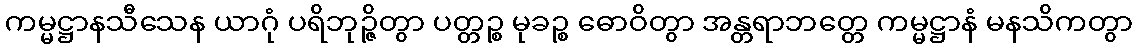
ကမ္မဋ္ဌာနသီသေန ယာဂုံ ပရိဘုဉ္ဇိတွာ ပတ္တဉ္စ မုခဉ္စ ဓောဝိတွာ အန္တရာဘတ္တေ ကမ္မဋ္ဌာနံ မနသိကတွာ